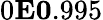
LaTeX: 0\le E\le 0.995